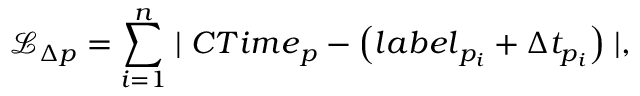
\mathcal { L } _ { \Delta p } = \sum _ { i = 1 } ^ { n } \mid { C T i m e } _ { p } - \left( { l a b e l } _ { p _ { i } } + \Delta t _ { p _ { i } } \right) \mid ,